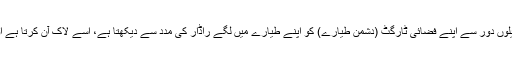
حملہ آور طیارے کا راڈار میلوں دور سے اپنے فضائی ٹارگٹ (دشمن طیارے) کو اپنے طیارے میں لگے راڈار کی مدد سے دیکھتا ہے، اسے لاک آن کرتا ہے اور ”فائر“ کا بٹن دبا دیتا ہے۔